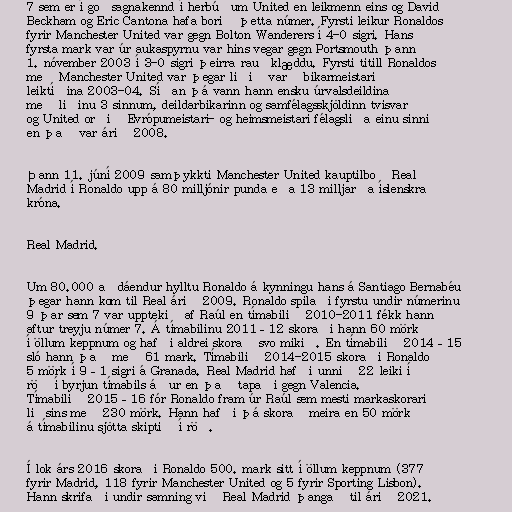
7 sem er í goðsagnakennd í herbúðum United en leikmenn eins og David
Beckham og Eric Cantona hafa borið þetta númer. Fyrsti leikur Ronaldos
fyrir Manchester United var gegn Bolton Wanderers í 4-0 sigri. Hans
fyrsta mark var úr aukaspyrnu var hins vegar gegn Portsmouth þann
1. nóvember 2003 í 3-0 sigri þeirra rauðklæddu. Fyrsti titill Ronaldos
með Manchester United var þegar liðið varð bikarmeistari
leiktíðina 2003-04. Síðan þá vann hann ensku úrvalsdeildina
með liðinu 3 sinnum, deildarbikarinn og samfélagsskjöldinn tvisvar
og United orðið Evrópumeistari- og heimsmeistari félagsliða einu sinni
en það var árið 2008.

Þann 11. júní 2009 samþykkti Manchester United kauptilboð Real
Madrid í Ronaldo upp á 80 milljónir punda eða 13 milljarða íslenskra
króna.

Real Madrid.

Um 80.000 aðdáendur hylltu Ronaldo á kynningu hans á Santiago Bernabéu
þegar hann kom til Real árið 2009. Ronaldo spilaði fyrstu undir númerinu
9 þar sem 7 var upptekið af Raúl en tímabilið 2010-2011 fékk hann
aftur treyju númer 7. Á tímabilinu 2011–12 skoraði hann 60 mörk
í öllum keppnum og hafði aldrei skorað svo mikið. En tímabilið 2014–15
sló hann það með 61 mark. Tímabilið 2014-2015 skoraði Ronaldo
5 mörk í 9–1 sigri á Granada. Real Madrid hafði unnið 22 leiki í
röð í byrjun tímabils áður en það tapaði gegn Valencia.
Tímabilið 2015–16 fór Ronaldo fram úr Raúl sem mesti markaskorari
liðsins með 230 mörk. Hann hafði þá skorað meira en 50 mörk
á tímabilinu sjötta skiptið í röð.

Í lok árs 2016 skoraði Ronaldo 500. mark sitt í öllum keppnum (377
fyrir Madrid, 118 fyrir Manchester United og 5 fyrir Sporting Lisbon).
Hann skrifaði undir samning við Real Madrid þangað til árið 2021.